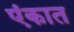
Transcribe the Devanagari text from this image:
एंकात